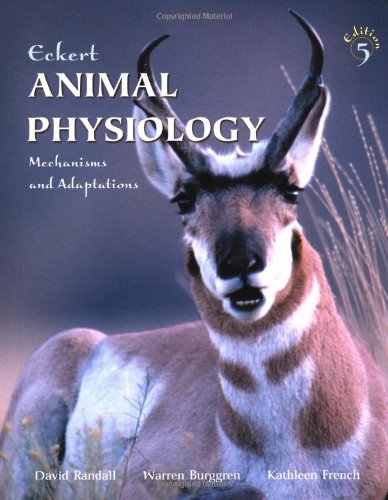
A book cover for Eckert Animal Physiology; David Randall; Medical Books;